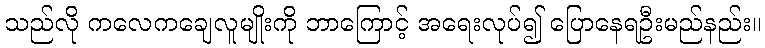
သည်လို ကလေကချေလူမျိုးကို ဘာကြောင့် အရေးလုပ်၍ ပြောနေရဦးမည်နည်း။